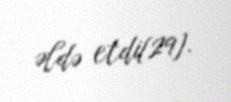
əldə etdi[29].